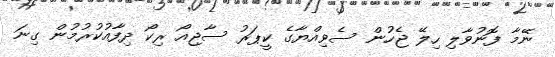
ނޭމާ ފޮނުވާލި ހިލޭ ޖެހުން ސެވިއްޔާގެ ކީޕަރު ސާޖިއޯ ރިކޯ ދިފާއުކުރުމުން ގިނަ